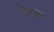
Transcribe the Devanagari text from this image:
प्रेमफ़